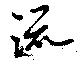
流